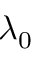
\lambda _ { 0 }